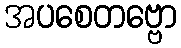
အပစေတဗ္ဗော